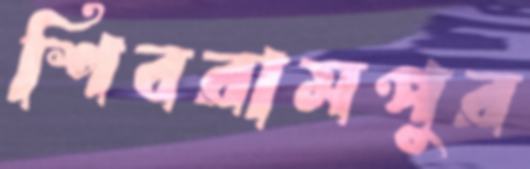
শিবরামপুর